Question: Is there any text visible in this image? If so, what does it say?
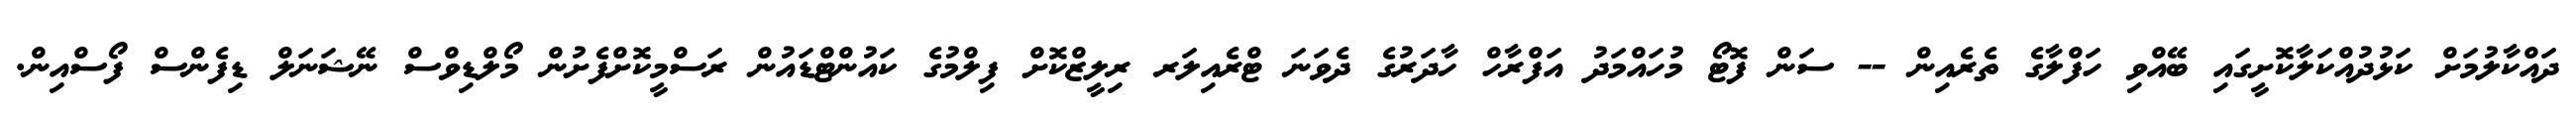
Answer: ދައްކާލުމަށް ކަޅުދުއްކަލާކޮށީގައި ބޭއްވި ހަފްލާގެ ތެރެއިން -- ސަން ފޮޓޯ މުހައްމަދު އަފްރާހް ހާދަރުގެ ދެވަނަ ޓްރެއިލަރ ރިލީޒްކޮށް ފިލްމުގެ ކައުންޓްޑައުން ރަސްމީކޮށްފެށުން މޯލްޑިވްސް ނޭޝަނަލް ޑިފެންސް ފޯސްއިން.